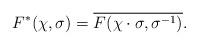
LaTeX: \begin{align*} F^{*}(\chi,\sigma) = \overline{F(\chi\cdot\sigma,\sigma^{-1})}.\end{align*}